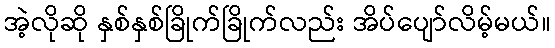
အဲ့လိုဆို နှစ်နှစ်ခြိုက်ခြိုက်လည်း အိပ်ပျော်လိမ့်မယ်။